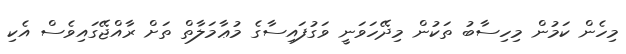
މިހެން ކަމުން މިހިސާބު ތަކުން މިދޭހަވަނީ ވަގުފައިސާގެ މުޢާމަލާތް ތަށް ރާއްޖޭގައިވެސް އެކި